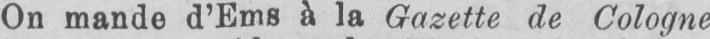
On mande d’Ems à la Gazette de Cologne